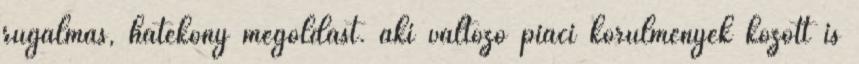
rugalmas, hatékony megoldást. aki változó piaci körülmények között is